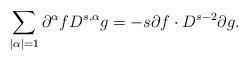
LaTeX: \begin{align*}\sum_{|\alpha|=1} \partial^{\alpha} f D^{s,\alpha} g = -s \partial f \cdot D^{s-2} \partial g.\end{align*}